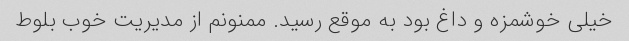
خیلی خوشمزه و داغ بود به موقع رسید. ممنونم از مدیریت خوب بلوط